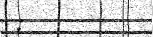
: